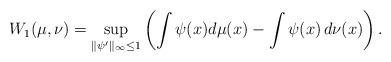
LaTeX: \begin{align*}W_1(\mu,\nu)=\sup_{\|\psi'\|_\infty\leq 1}\left(\int \psi(x)d\mu(x)-\int\psi(x)\,d\nu(x)\right).\end{align*}